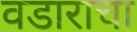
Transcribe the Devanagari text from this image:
वडाराचा